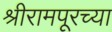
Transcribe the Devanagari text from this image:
श्रीरामपूरच्या